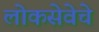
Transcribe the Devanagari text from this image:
लोकसेवेचे